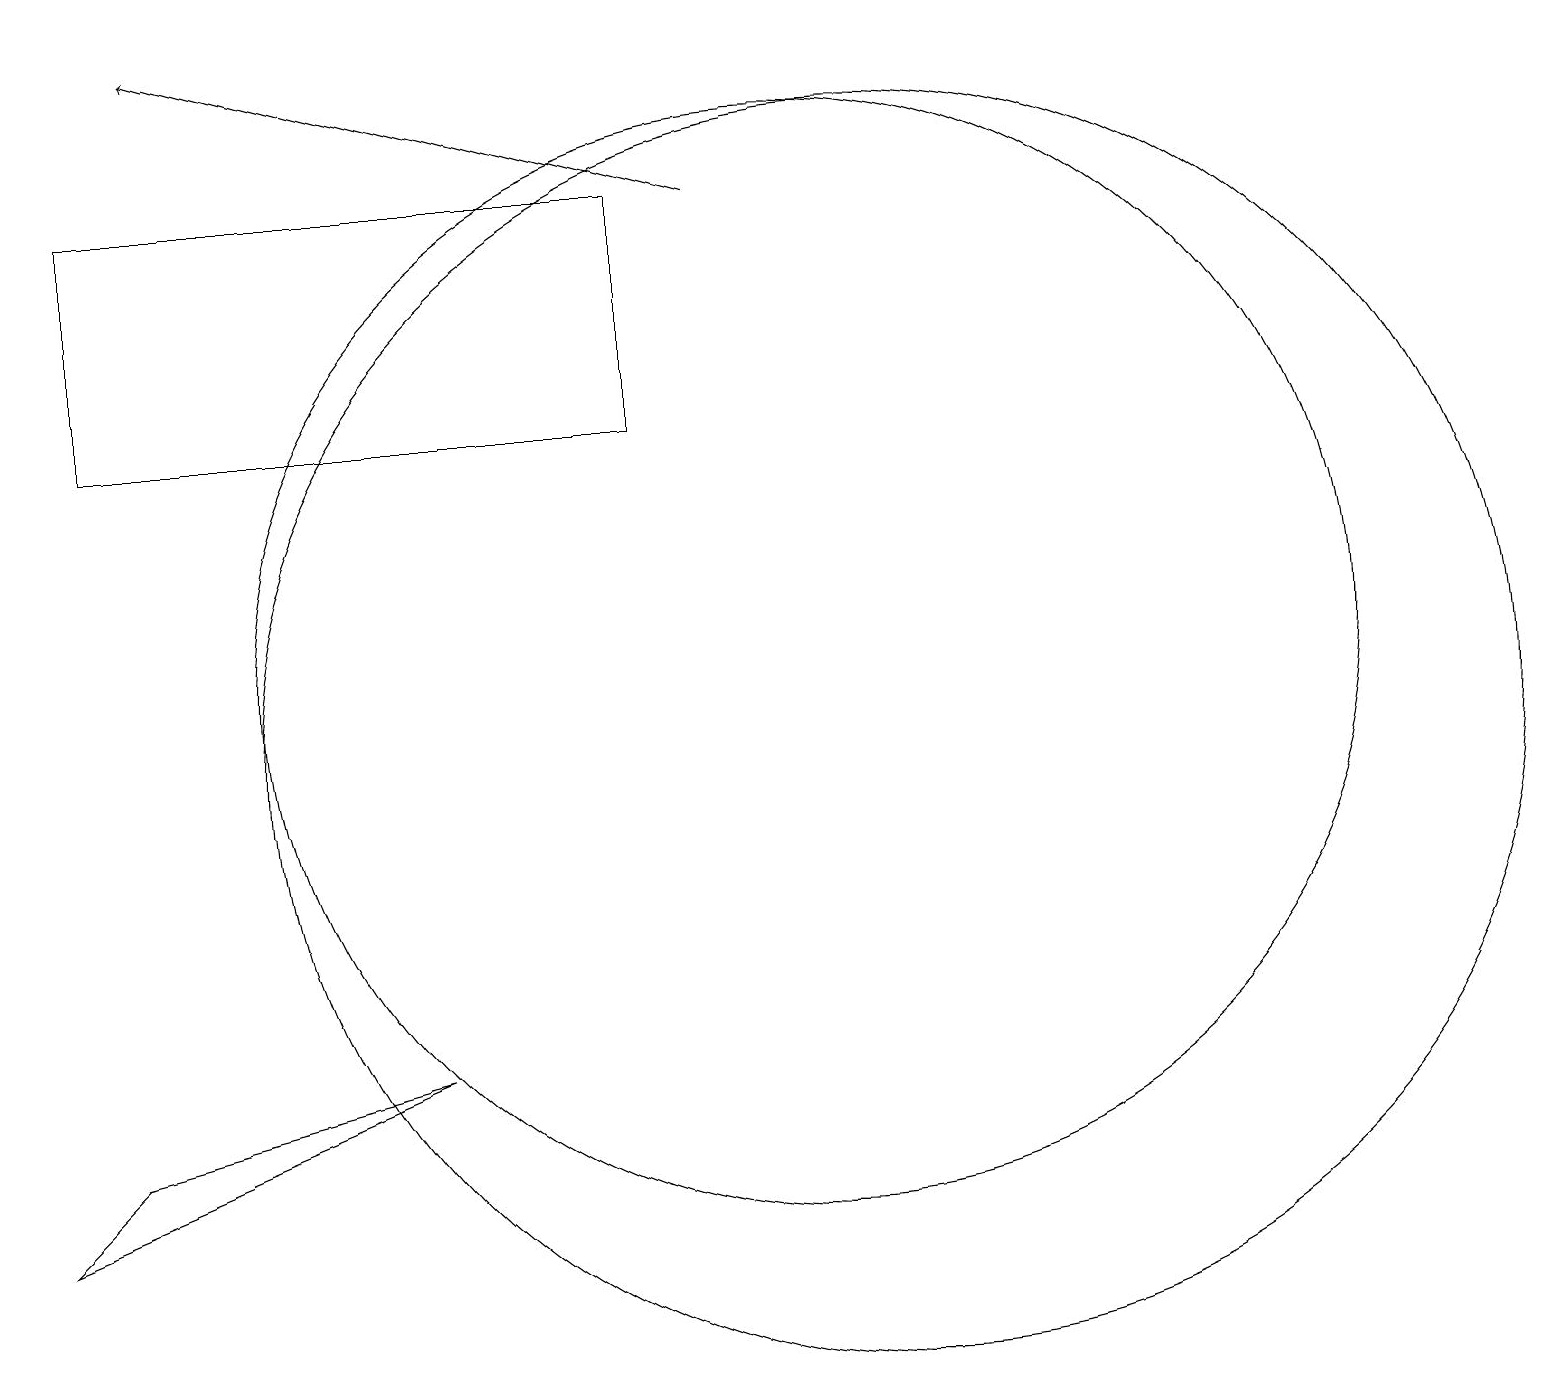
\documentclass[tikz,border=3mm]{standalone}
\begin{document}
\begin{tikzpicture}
\draw (10,10) circle (0);
\draw (5,6) -- (0,4) -- (1,5) -- cycle;
\draw (11,10) circle (8);
\draw (8,14) rectangle (1,17);
\draw (10,11) circle (7);
\draw[->] (9,17) -- (2,19);
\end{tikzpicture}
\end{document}